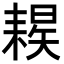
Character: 𦔈